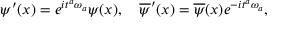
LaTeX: { \psi } ^ { \prime } ( x ) = e ^ { i { t } ^ { a } { \omega } _ { a } } { \psi } ( x ) , \ \ \ \overline { { { \psi } } } ^ { \prime } ( x ) = \overline { { { \psi } } } ( x ) e ^ { - i { t } ^ { a } { \omega } _ { a } } ,